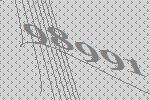
98991